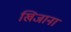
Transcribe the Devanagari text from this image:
खिजाना